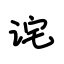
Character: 诧